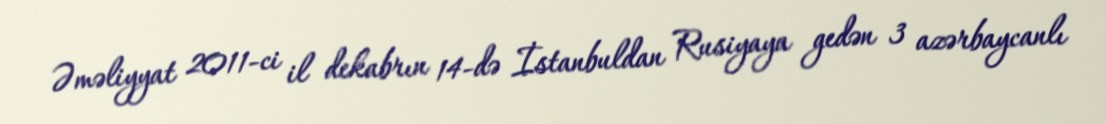
Əməliyyat 2011-ci il dekabrın 14-də İstanbuldan Rusiyaya gedən 3 azərbaycanlı